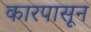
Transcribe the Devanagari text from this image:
कारपासून